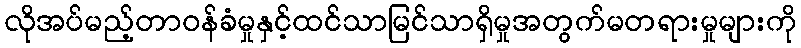
လိုအပ်မည့်တာဝန်ခံမှုနှင့်ထင်သာမြင်သာရှိမှုအတွက်မတရားမှုများကို